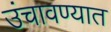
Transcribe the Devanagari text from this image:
उंचावण्यात